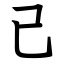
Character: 己